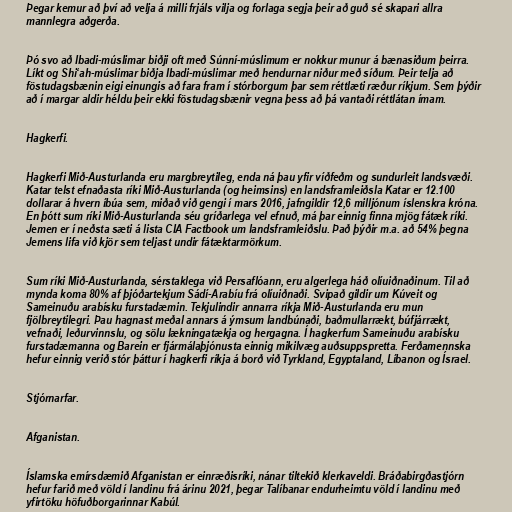
Þegar kemur að því að velja á milli frjáls vilja og forlaga segja þeir að guð sé skapari allra
mannlegra aðgerða.

Þó svo að Ibadi-múslimar biðji oft með Súnní-múslimum er nokkur munur á bænasiðum þeirra.
Líkt og Shi‘ah-múslimar biðja Ibadi-múslimar með hendurnar niður með síðum. Þeir telja að
föstudagsbænin eigi einungis að fara fram í stórborgum þar sem réttlæti ræður ríkjum. Sem þýðir
að í margar aldir héldu þeir ekki föstudagsbænir vegna þess að þá vantaði réttlátan ímam.

Hagkerfi.

Hagkerfi Mið-Austurlanda eru margbreytileg, enda ná þau yfir víðfeðm og sundurleit landsvæði.
Katar telst efnaðasta ríki Mið-Austurlanda (og heimsins) en landsframleiðsla Katar er 12.100
dollarar á hvern íbúa sem, miðað við gengi í mars 2016, jafngildir 12,6 milljónum íslenskra króna.
En þótt sum ríki Mið-Austurlanda séu gríðarlega vel efnuð, má þar einnig finna mjög fátæk ríki.
Jemen er í neðsta sæti á lista CIA Factbook um landsframleiðslu. Það þýðir m.a. að 54% þegna
Jemens lifa við kjör sem teljast undir fátæktarmörkum.

Sum ríki Mið-Austurlanda, sérstaklega við Persaflóann, eru algerlega háð olíuiðnaðinum. Til að
mynda koma 80% af þjóðartekjum Sádí-Arabíu frá olíuiðnaði. Svipað gildir um Kúveit og
Sameinuðu arabísku furstadæmin. Tekjulindir annarra ríkja Mið-Austurlanda eru mun
fjölbreytilegri. Þau hagnast meðal annars á ýmsum landbúnaði, baðmullarrækt, búfjárrækt,
vefnaði, leðurvinnslu, og sölu lækningatækja og hergagna. Í hagkerfum Sameinuðu arabísku
furstadæmanna og Barein er fjármálaþjónusta einnig mikilvæg auðsuppspretta. Ferðamennska
hefur einnig verið stór þáttur í hagkerfi ríkja á borð við Tyrkland, Egyptaland, Líbanon og Ísrael.

Stjórnarfar.

Afganistan.

Íslamska emírsdæmið Afganistan er einræðisríki, nánar tiltekið klerkaveldi. Bráðabirgðastjórn
hefur farið með völd í landinu frá árinu 2021, þegar Talíbanar endurheimtu völd í landinu með
yfirtöku höfuðborgarinnar Kabúl.